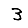
Digit: 3